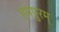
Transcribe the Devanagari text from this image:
हंपपुरम्